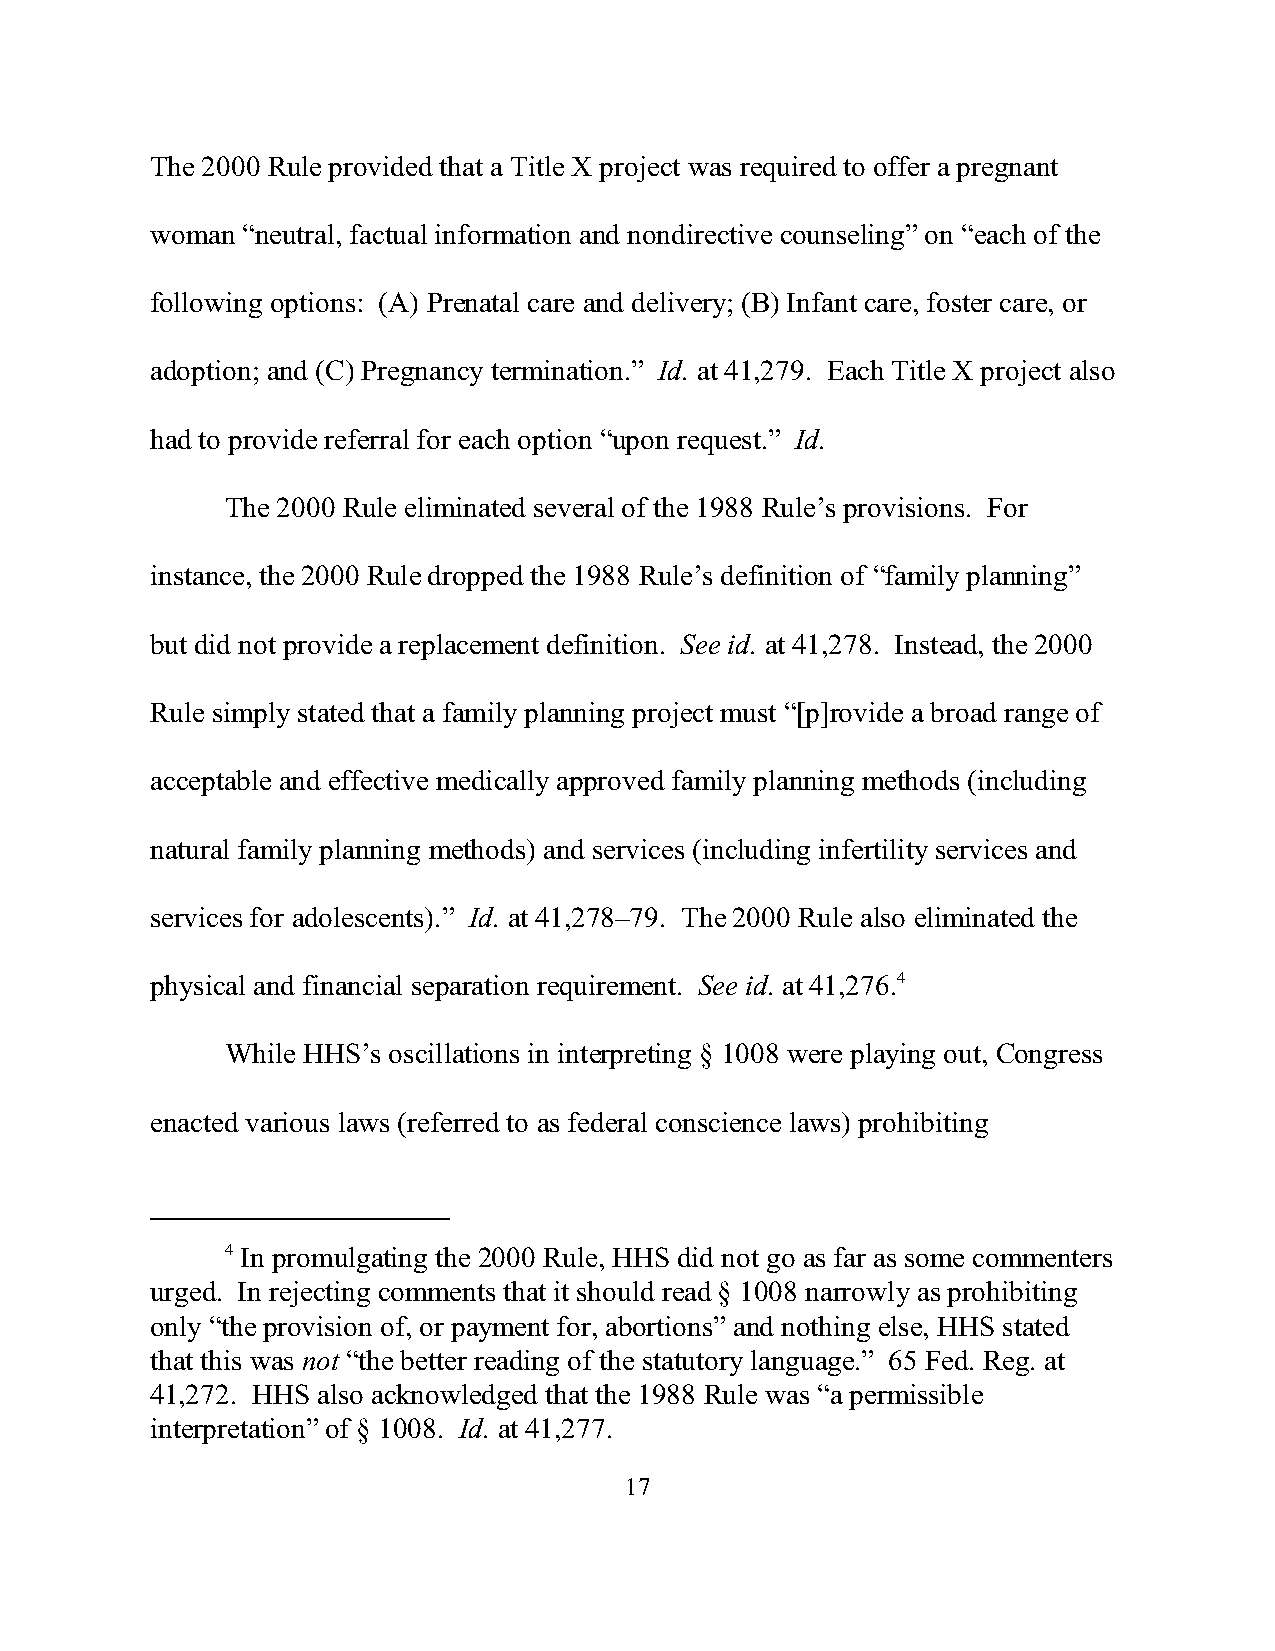
The 2000 Rule provided that a Title X project was required to offer a pregnant
 woman “neutral, factual information and nondirective counseling” on “each of the
 following options: (A) Prenatal care and delivery; (B) Infant care, foster care, or
 adoption; and (C) Pregnancy termination.” Id. at 41,279. Each Title X project also
 had to provide referral for each option “upon request.” Id.
 The 2000 Rule eliminated several of the 1988 Rule’s provisions. For
 instance, the 2000 Rule dropped the 1988 Rule’s definition of “family planning”
 but did not provide a replacement definition. See id. at 41,278. Instead, the 2000
 Rule simply stated that a family planning project must “[p]rovide a broad range of
 acceptable and effective medically approved family planning methods (including
 natural family planning methods) and services (including infertility services and
 services for adolescents).” Id. at 41,278–79. The 2000 Rule also eliminated the
 physical and financial separation requirement. See id. at 41,276.4
 While HHS’s oscillations in interpreting § 1008 were playing out, Congress
 enacted various laws (referred to as federal conscience laws) prohibiting
 4 In promulgating the 2000 Rule, HHS did not go as far as some commenters
 urged. In rejecting comments that it should read § 1008 narrowly as prohibiting
 only “the provision of, or payment for, abortions” and nothing else, HHS stated
 that this was not “the better reading of the statutory language.” 65 Fed. Reg. at
 41,272. HHS also acknowledged that the 1988 Rule was “a permissible
 interpretation” of § 1008. Id. at 41,277.
 17